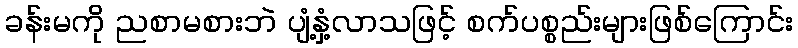
ခန်းမကို ညစာမစားဘဲ ပျံ့နှံ့လာသဖြင့် စက်ပစ္စည်းများဖြစ်ကြောင်း